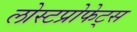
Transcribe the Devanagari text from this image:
लोस्टप्रोफेट्स